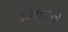
દાતરડાનો